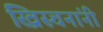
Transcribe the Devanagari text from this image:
ख्रिस्चनांनी